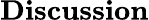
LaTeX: \textbf{Discussion}